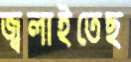
জ্বলাইতেছ